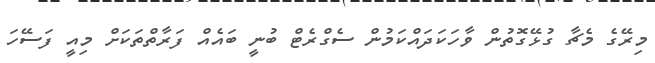
މިރޭގެ މެޗާ ގުޅޭގޮތުން ވާހަކަދައްކަމުން ސެގްރެޓް ބުނީ ބައެއް ފަރާތްތަކަށް މިއީ ފަސޭހަ